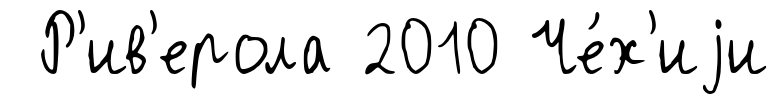
Р'ив'ерола 2010 Че́х'иjи